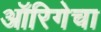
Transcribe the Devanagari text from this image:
ऑरिगेचा